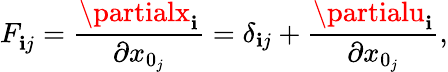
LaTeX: F_{\mathbf{i}j}^{\phantom{}}=\frac{{\partialx_{\mathbf{i}}}}{{\partial{x}_{0_{j}}}}=\delta_{\mathbf{i}j}+\frac{{\partialu_{\mathbf{i}}}}{{\partial{x}_{0_{j}}}},